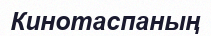
Кинотаспаның